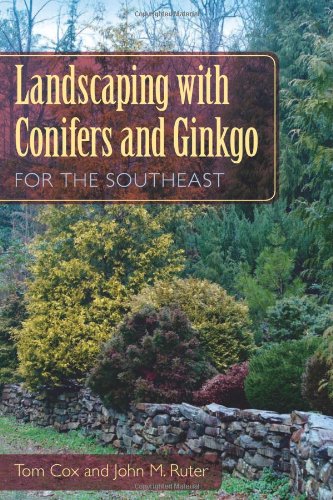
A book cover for Landscaping with Conifers and Ginkgo for the Southeast; Tom Cox; Crafts, Hobbies & Home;